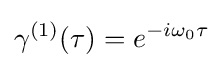
\gamma ^{(1)}(\tau )=e^{-i\omega _{0}\tau }